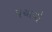
પચાવો